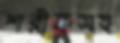
শরীফসহ